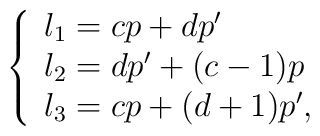
\left\{ \begin{array}{l}l_{1}=cp+dp^{\prime } \\ l_{2}=dp^{\prime }+(c-1)p \\ l_{3}=cp+(d+1)p^{\prime },\end{array}\right.